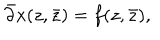
\bar { \partial } x ( z , \bar { z } ) = f ( z , \bar { z } ) ,